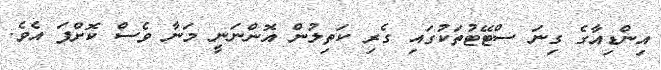
އިންޑިއާގެ ގިނަ ސްޓޭޓުތަކުގައި ގެރި ކަތިލުން އޮންނަނީ މަނާ ވެސް ކޮށްފަ އެވެ.